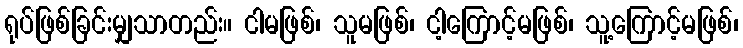
ရုပ်ဖြစ်ခြင်းမျှသာတည်း။ ငါမဖြစ်၊ သူမဖြစ်၊ ငါ့ကြောင့်မဖြစ်၊ သူ့ကြောင့်မဖြစ်၊